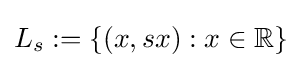
L_{s}:=\{(x,sx):x\in \mathbb {R} \}